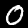
Digit: 0